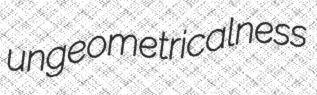
ungeometricalness